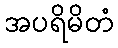
အပရိမိတံ